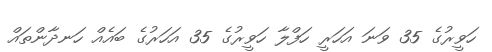
ހަވީރުގެ 35 ވަނަ އަހަރީ ހަފްލާ ހަވީރުގެ 35 އަހަރުގެ ބައެއް ހަނދާންތައް